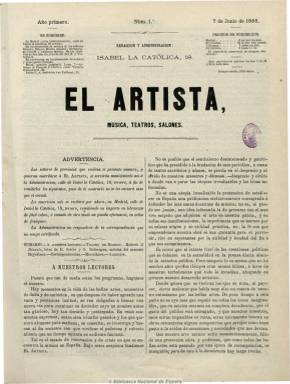
Título: El Artista (Madrid. 1866)
Colección: Música || Teatro
Ámbito geográfico: Madrid
Lugar de publicación: Madrid
Fechas: 07/06/1866-30/12/1868

Subtitulado “música, teatro y salones”, de periodicidad semanal (aparece los días 7, 15, 22 y 30 de cada mes), en números de ocho páginas. Contiene crónicas, críticas y noticias de actualidad de los estrenos, inauguraciones de temporadas, conciertos y actividad musical en teatros de Madrid, provincias y del extranjero, así como información sobre sociedades y asociaciones musicales. También artículos sobre artistas, compositores y sus obras, textos de creación literaria y la última plana la dedica a anuncios.

Durante el primer año su editor y director es Elías P. Ferrer, sustituyéndole en 1867 Vicente Cuenca, que venía siendo uno de sus principales colaboradores. Aparecen también las firmas de, entre otros, Luis Roger, Manuel Climent, Oscar Camps y Soler, Juan Pedro Pérez, F. Calvo y Teruel y M. de Acorta.